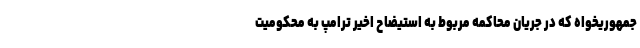
جمهوریخواه که در جریان محاکمه مربوط به استیضاح اخیر ترامپ به محکومیت